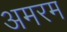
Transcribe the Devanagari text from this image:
अमरम